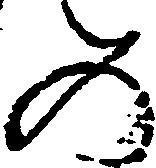
め